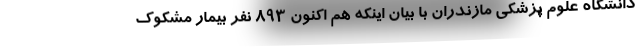
دانشگاه علوم پزشکی مازندران با بیان اینکه هم اکنون ۸۹۳ نفر بیمار مشکوک